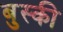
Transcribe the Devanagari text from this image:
बुस्की